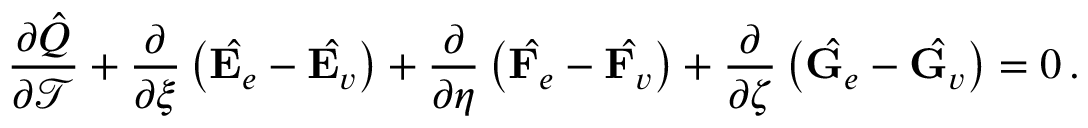
\frac { \partial \hat { Q } } { \partial \mathcal { T } } + \frac { \partial } { \partial \xi } \left( \hat { \mathbf { E } _ { e } } - \hat { \mathbf { E } _ { v } } \right) + \frac { \partial } { \partial \eta } \left( \hat { \mathbf { F } _ { e } } - \hat { \mathbf { F } _ { v } } \right) + \frac { \partial } { \partial \zeta } \left( \hat { \mathbf { G } _ { e } } - \hat { \mathbf { G } _ { v } } \right) = 0 \, \mathrm { . }